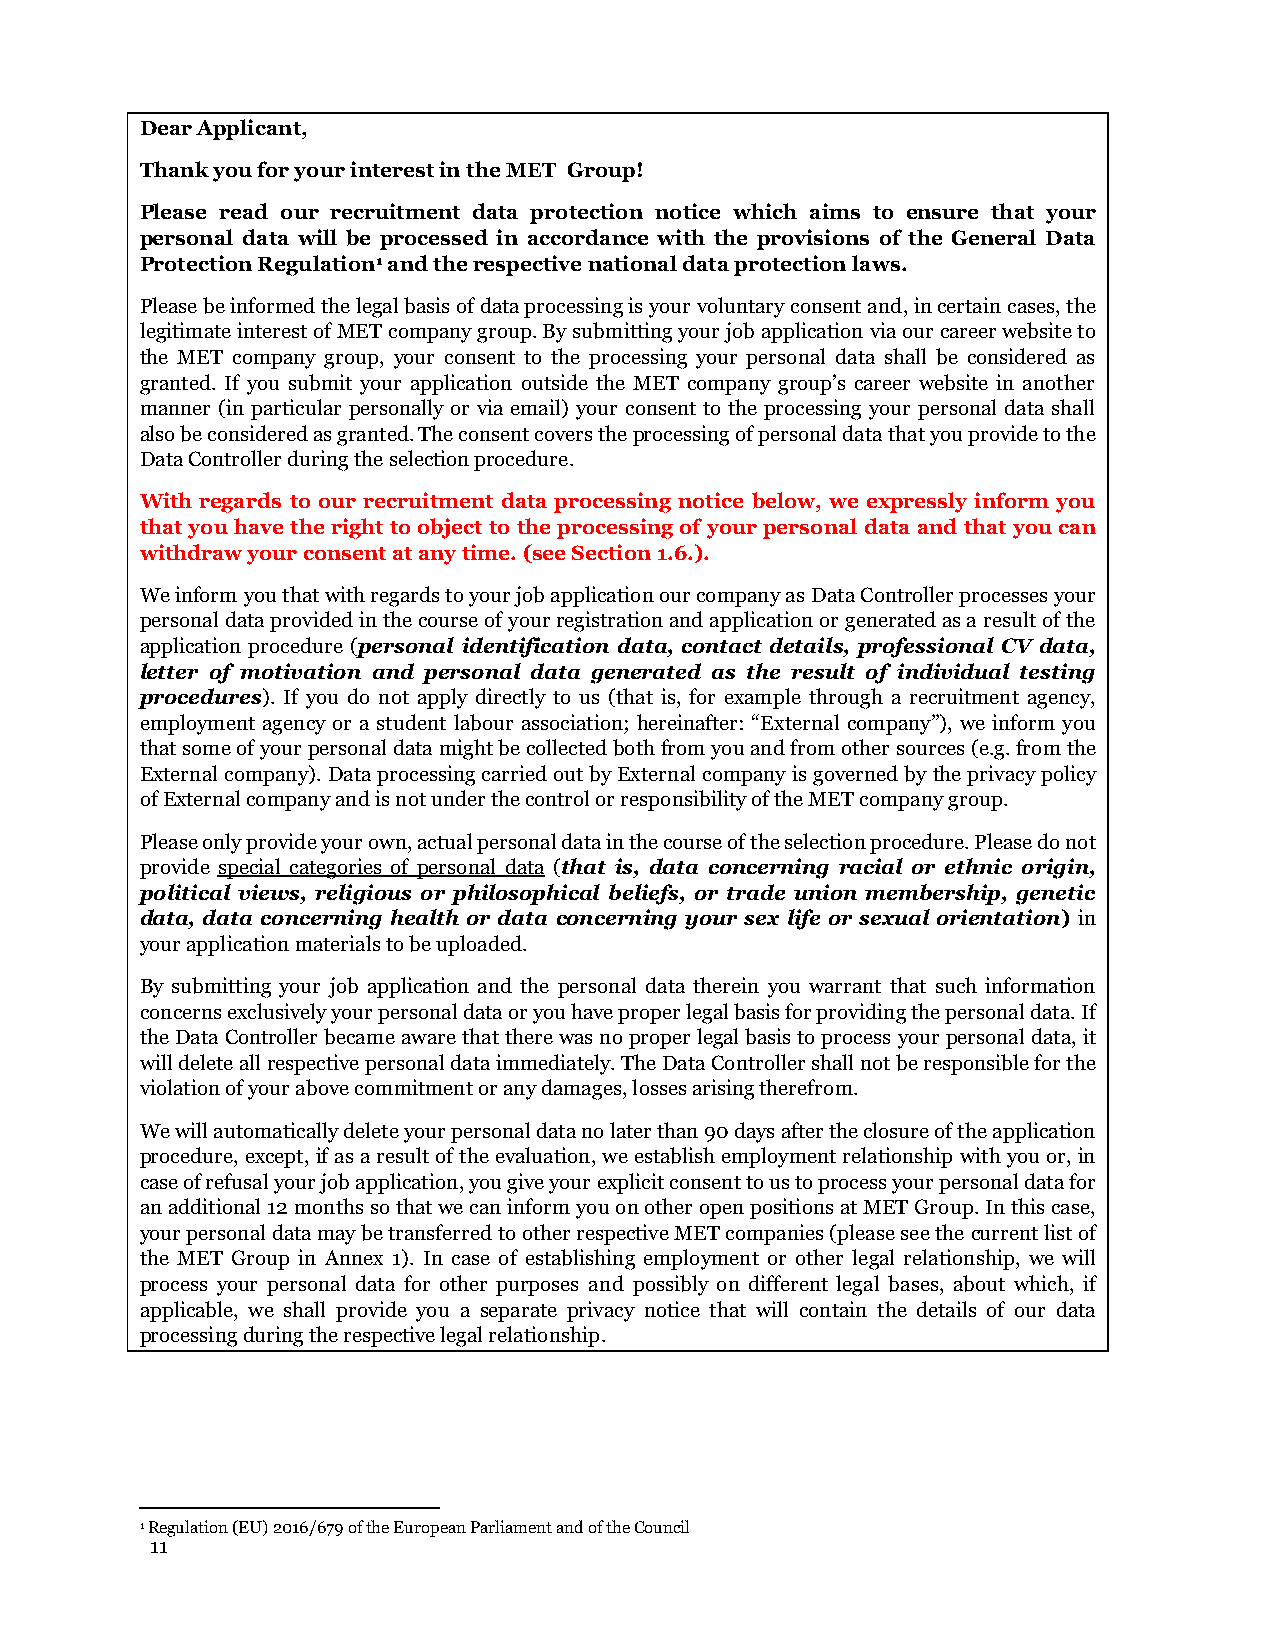
Dear Applicant,
 Thank you for your interest in the MET Group!
 Please read our recruitment data protection notice which aims to ensure that your
 personal data will be processed in accordance with the provisions of the General Data
 Protection Regulation1 and the respective national data protection laws.
 Please be informed the legal basis of data processing is your voluntary consent and, in certain cases, the
 legitimate interest of MET company group. By submitting your job application via our career website to
 the MET company group, your consent to the processing your personal data shall be considered as
 granted. If you submit your application outside the MET company group’s career website in another
 manner (in particular personally or via email) your consent to the processing your personal data shall
 also be considered as granted. The consent covers the processing of personal data that you provide to the
 Data Controller during the selection procedure.
 With regards to our recruitment data processing notice below, we expressly inform you
 that you have the right to object to the processing of your personal data and that you can
 withdraw your consent at any time. (see Section 1.6.).
 We inform you that with regards to your job application our company as Data Controller processes your
 personal data provided in the course of your registration and application or generated as a result of the
 application procedure (personal identification data, contact details, professional CV data,
 letter of motivation and personal data generated as the result of individual testing
 procedures). If you do not apply directly to us (that is, for example through a recruitment agency,
 employment agency or a student labour association; hereinafter: “External company”), we inform you
 that some of your personal data might be collected both from you and from other sources (e.g. from the
 External company). Data processing carried out by External company is governed by the privacy policy
 of External company and is not under the control or responsibility of the MET company group.
 Please only provide your own, actual personal data in the course of the selection procedure. Please do not
 provide special categories of personal data (that is, data concerning racial or ethnic origin,
 political views, religious or philosophical beliefs, or trade union membership, genetic
 data, data concerning health or data concerning your sex life or sexual orientation) in
 your application materials to be uploaded.
 By submitting your job application and the personal data therein you warrant that such information
 concerns exclusively your personal data or you have proper legal basis for providing the personal data. If
 the Data Controller became aware that there was no proper legal basis to process your personal data, it
 will delete all respective personal data immediately. The Data Controller shall not be responsible for the
 violation of your above commitment or any damages, losses arising therefrom.
 We will automatically delete your personal data no later than 90 days after the closure of the application
 procedure, except, if as a result of the evaluation, we establish employment relationship with you or, in
 case of refusal your job application, you give your explicit consent to us to process your personal data for
 an additional 12 months so that we can inform you on other open positions at MET Group. In this case,
 your personal data may be transferred to other respective MET companies (please see the current list of
 the MET Group in Annex 1). In case of establishing employment or other legal relationship, we will
 process your personal data for other purposes and possibly on different legal bases, about which, if
 applicable, we shall provide you a separate privacy notice that will contain the details of our data
 processing during the respective legal relationship.
 1 Regulation (EU) 2016/679 of the European Parliament and of the Council
 11